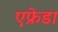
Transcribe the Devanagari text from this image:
एफ्रेडा